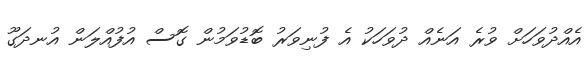
އެއްދުވަހަށް ވުރެ އަނެއް ދުވަހަކު އެ ފުނިވަރު ބޮޑުވަމުން ގޮސް އުފުއްލަން އުނދަގޫ